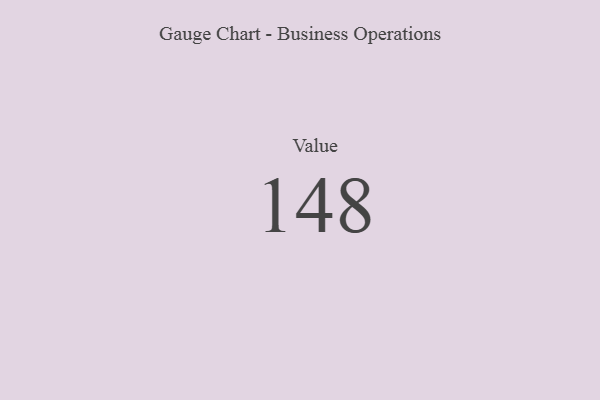
{"axis": {"x": "Metric", "y": "Value"}, "legend": [""], "data": [{"x": "Value", "y": 148, "type": ""}]}